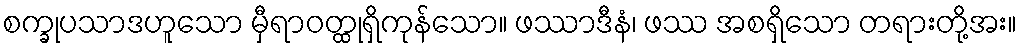
စက္ခုပသာဒဟူသော မှီရာဝတ္ထုရှိကုန်သော။ ဖဿာဒီနံ၊ ဖဿ အစရှိသော တရားတို့အး။